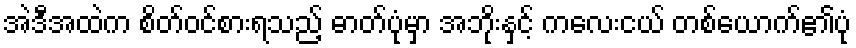
အဲဒီအထဲက စိတ်ဝင်စားရသည့် ဓာတ်ပုံမှာ အဘိုးနှင့် ကလေးငယ် တစ်ယောက်၏ပုံ